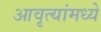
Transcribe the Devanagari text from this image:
आवृत्यांमध्ये